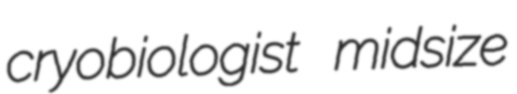
cryobiologist midsize